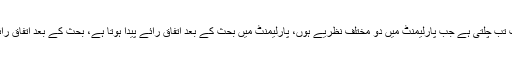
انہوں نے کہا کہ جمہوریت تب چلتی ہے جب پارلیمنٹ میں دو مختلف نظریے ہوں، پارلیمنٹ میں بحث کے بعد اتفاق رائے پیدا ہوتا ہے، بحث کے بعد اتفاق رائے جمہوریت کا حسن ہے۔